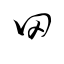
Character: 网